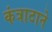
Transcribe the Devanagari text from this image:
कंत्राटाने